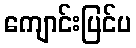
ကျောင်းပြင်ပ